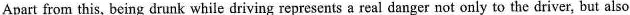
Apart from this, being drunk while driving represents a real danger not only to the driver, but also